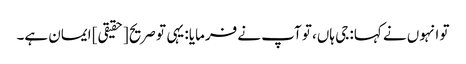
تو انہوں نے کہا: جی ہاں، تو آپ نے فرمایا: یہی تو صریح [حقیقی] ایمان ہے۔